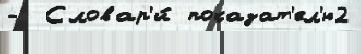
-  Словар'и́ показат'ел'ю2